Lunatic asylums in Bengal annual reports 1888-1898 - 1888-1898
Year: 1888
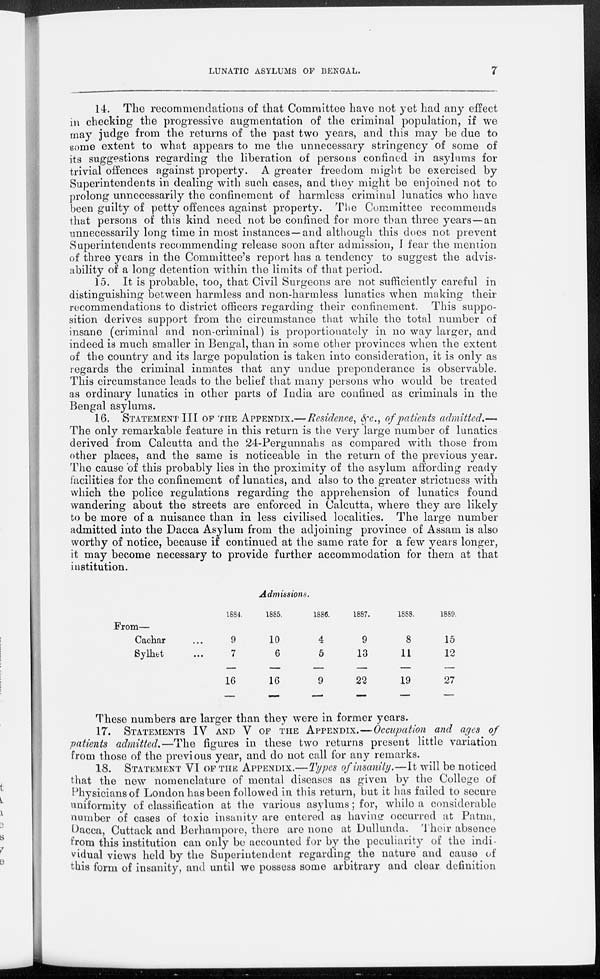
LUNATIC ASYLUMS OF BENGAL.
7
14. The recommendations of that Committee have not yet had any effect
in checking the progressive augmentation of the criminal population, if we
may judge from the returns of the past two years, and this may be due to
some extent to what appears to me the unnecessary stringency of some of
its suggestions regarding the liberation of persons confined in asylums for
trivial offences against property. A greater freedom might be exercised by
Superintendents in dealing with such cases, and they might be enjoined not to
prolong unnecessarily the confinement of harmless criminal lunatics who have
been guilty of petty offences against property. The Committee recommends
that persons of this kind need not be confined for more than three years—an
unnecessarily long time in most instances —and although this does not prevent
Superintendents recommending release soon after admission, I fear the mention
of three years in the Committee's report has a tendency to suggest the advis-
ability of a long detention within the limits of that period.
15. It is probable, too, that Civil Surgeons are not sufficiently careful in
distinguishing between harmless and non-harmless lunatics when making their
recommendations to district officers regarding their confinement. This suppo-
sition derives support from the circumstance that while the total number of
insane (criminal and non-criminal) is proportionately in no way larger, and
indeed is much smaller in Bengal, than in some other provinces when the extent
of the country and its large population is taken into consideration, it is only as
regards the criminal inmates that any undue preponderance is observable.
This circumstance leads to the belief that many persons who would be treated
as ordinary lunatics in other parts of India are confined as criminals in the
Bengal asylums.
16. STATEMENT III OF THE APPENDIX.— Residence, &c., of patients admitted.—
The only remarkable feature in this return is the very large number of lunatics
derived from Calcutta and the 24-Pergunnahs as compared with those from
other places, and the same is noticeable in the return of the previous year.
The cause of this probably lies in the proximity of the asylum affording ready
facilities for the confinement of lunatics, and also to the greater strictness with
which the police regulations regarding the apprehension of lunatics found
wandering about the streets are enforced in Calcutta, where they are likely
to be more of a nuisance than in less civilised localities. The large number
admitted into the Dacca Asylum from the adjoining province of Assam is also
worthy of notice, because if continued at the same rate for a few years longer,
it may become necessary to provide further accommodation for them at that
institution.
Admissions.
From—
Cachar ...
Sylhet ...
1884.
9
7
16
1885.
10
6
16
1886.
4
5
9
1887.
9
13
22
1888.
8
11
19
1889.
15
12
27
These numbers are larger than they were in former years.
17. STATEMENTS IV AND V OF THE APPENDIX.—Occupation and ages of
patients admitted.—The figures in these two returns present little variation
from those of the previous year, and do not call for any remarks.
18. STATEMENT VI OF THE APPENDIX.—Types of insanity.—It will be noticed
that the new nomenclature of montal diseases as given by the College of
Physicians of London has been followed in this return, but it has failed to secure
uniformity of classification at the various asylums; for, while a considerable
number of cases of toxic insanity are entered as having occurred at Patna,
Dacca, Cuttack and Berhampore, there are none at Dullunda. Their absence
from this institution can only be accounted for by the peculiarity of the indi-
vidual views held by the Superintendent regarding the nature and cause of
this form of insanity, and until we possess some arbitrary and clear definition